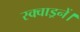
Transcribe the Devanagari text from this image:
स्क्वाड्रनें।